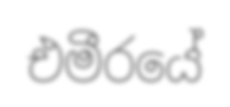
එමීරයේ